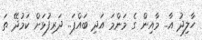
ހާލިދު އާ.. މާއިން ގެ މަންމަ އަދި ބައްޕަ.. ދަރިފުޅަށް ކަމުދޭ ތަ